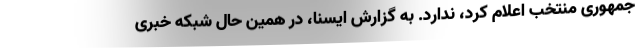
جمهوری منتخب اعلام کرد، ندارد. به گزارش ایسنا، در همین حال شبکه خبری